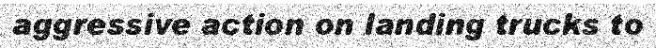
aggressive action on landing trucks to